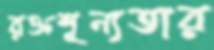
রক্তশূন্যতার